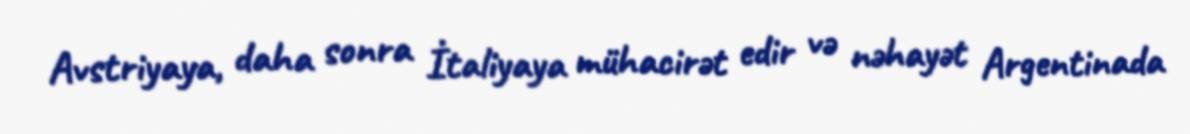
Avstriyaya, daha sonra İtaliyaya mühacirət edir və nəhayət Argentinada